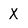
Character: X